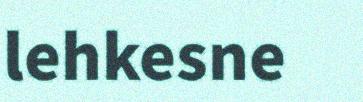
lehkesne